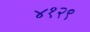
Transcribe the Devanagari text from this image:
४१२९